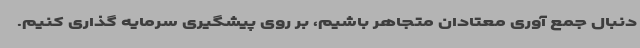
دنبال جمع آوری معتادان متجاهر باشیم، بر روی پیشگیری سرمایه گذاری کنیم.